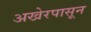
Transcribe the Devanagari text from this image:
अखेरपासून